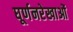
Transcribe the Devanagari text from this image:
घूर्णनरेखाओं